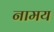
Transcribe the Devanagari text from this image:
नामय